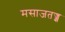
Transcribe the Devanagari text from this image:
मसाजतज्ज्ञ